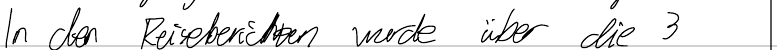
In den Reiseberichten wurde über die 3